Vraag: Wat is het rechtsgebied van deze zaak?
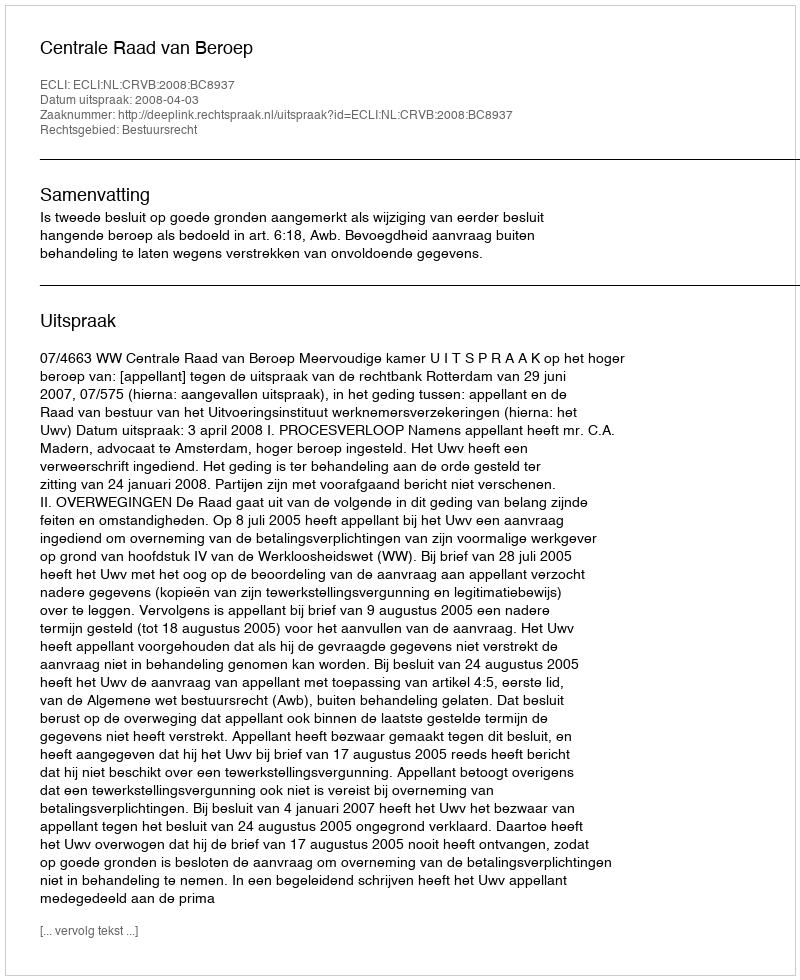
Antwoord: Bestuursrecht